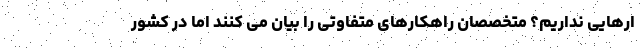
ارهایی نداریم؟ متخصصان راهکارهای متفاوتی را بیان می کنند اما در کشور